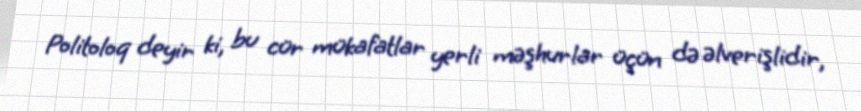
Politoloq deyir ki, bu cür mükafatlar yerli məşhurlar üçün də əlverişlidir,